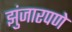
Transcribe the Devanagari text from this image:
झुंजारपणे